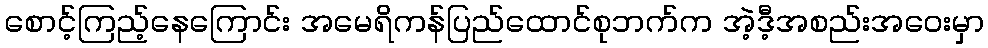
စောင့်ကြည့်နေကြောင်း အမေရိကန်ပြည်ထောင်စုဘက်က အဲ့ဒီ့အစည်းအဝေးမှာ